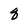
Character: q